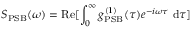
S _ { \mathrm { P S B } } ( \omega ) = \mathrm { R e } [ \int _ { 0 } ^ { \infty } g _ { \mathrm { P S B } } ^ { ( 1 ) } ( \tau ) e ^ { - i \omega \tau } ~ \mathrm { d } \tau ]